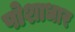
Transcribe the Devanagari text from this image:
पोशाधार